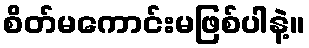
စိတ်မကောင်းမဖြစ်ပါနဲ့။